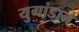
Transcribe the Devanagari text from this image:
युगांडाने